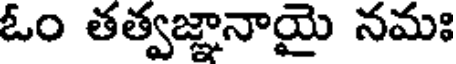
ఓం తత్వజ్ఞానాయై నమః